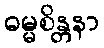
ဓမ္မစိန္တနာ